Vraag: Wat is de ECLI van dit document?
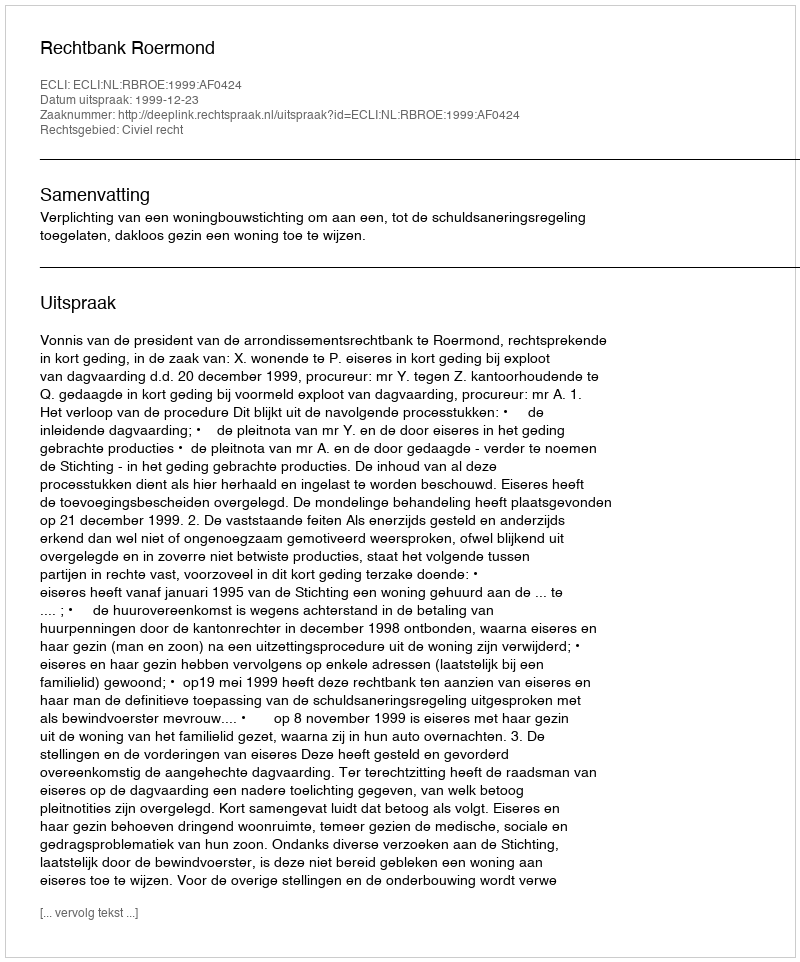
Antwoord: ECLI:NL:RBROE:1999:AF0424